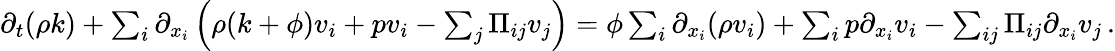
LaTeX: \begin{array}{r}{\partial_{t}(\rho k)+\sum_{i}\partial_{x_{i}}\left(\rho(k+\phi)v_{i}+pv_{i}-\sum_{j}{\Pi_{ij}v_{j}}\right)=\phi\sum_{i}\partial_{x_{i}}(\rho v_{i})+\sum_{i}p\partial_{x_{i}}v_{i}-\sum_{ij}\Pi_{ij}\partial_{x_{i}}v_{j}\, .}\end{array}